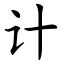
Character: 计